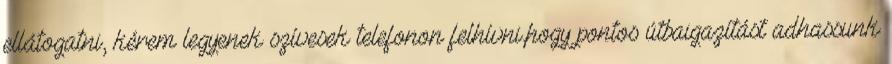
ellátogatni, kérem legyenek szívesek telefonon felhívni,hogy pontos útbaigazítást adhassunk